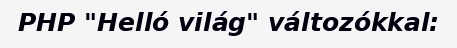
PHP "Helló világ" változókkal: